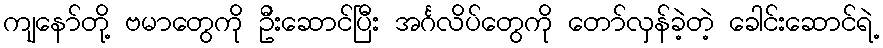
ကျနော်တို့ ဗမာတွေကို ဦးဆောင်ပြီး အင်္ဂလိပ်တွေကို တော်လှန်ခဲ့တဲ့ ခေါင်းဆောင်ရဲ့